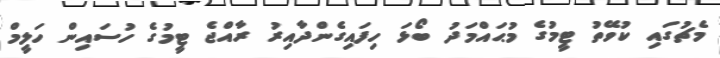
މެޗުގައި ކުވޭތު ޓީމުގެ މުޙައްމަދު ބޯޅަ ހިފައިގެންދާއިރު ރާއްޖެ ޓީމުގެ ހުސައިން ހަލީމް